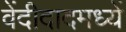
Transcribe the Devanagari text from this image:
वेंदीदादमध्यें